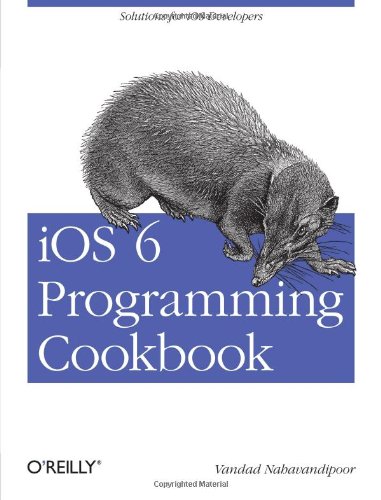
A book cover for iOS 6 Programming Cookbook; Vandad Nahavandipoor; Computers & Technology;